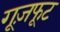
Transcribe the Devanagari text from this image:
गूज़फूट